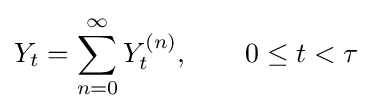
Y_{t}=\sum _{n=0}^{\infty }Y_{t}^{(n)},\qquad 0\leq t<\tau